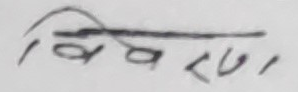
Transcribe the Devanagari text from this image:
विवरण